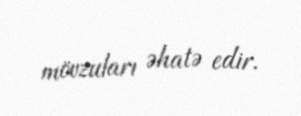
mövzuları əhatə edir.